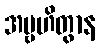
အဗ္ဗဟိတွာန